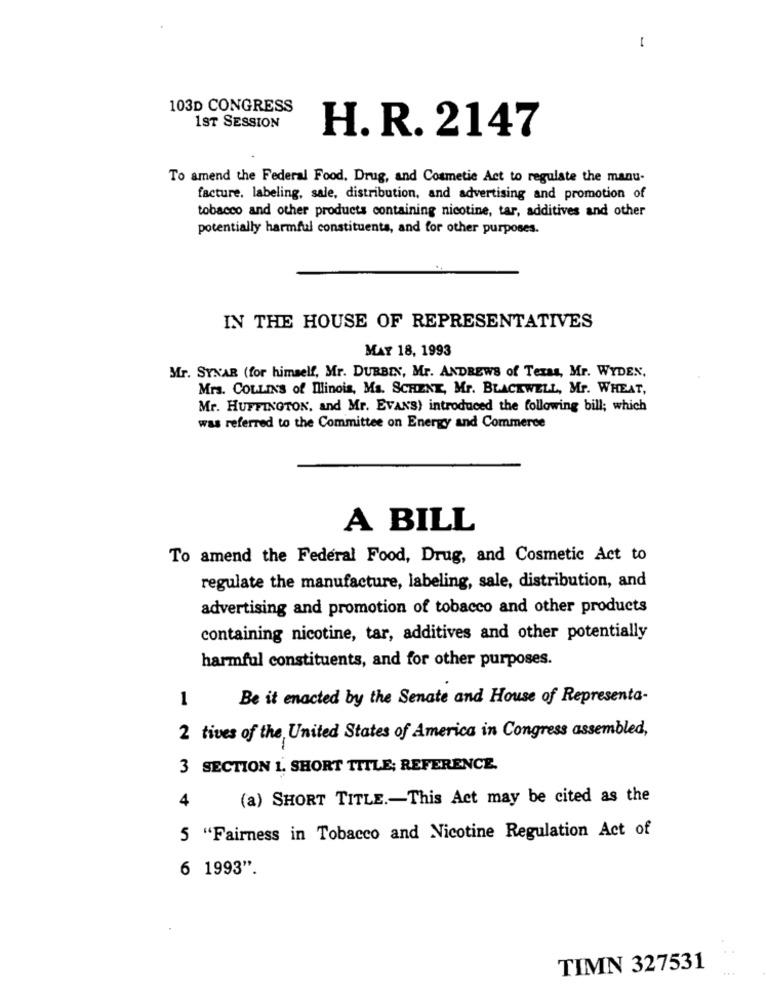
-
103D CONGRESS
1ST SESSION
H. R. 2147
To amend the Federal Food. Drug, and Cosmetic Act to regulate the manu-
facture. labeling, sale, distribution, and advertising and promotion of
tobacco and other products containing nicotine, tar, additives and other
potentially harmful constituents, and for other purposes.
IN THE HOUSE OF REPRESENTATIVES
MAY 18, 1993
Mr. SYNAR (for himself, Mr. DURBIN, Mr. ANDREWS of Texas, Mr. WYDEN,
Mrs. COLLIN'S of Illinois, Ma. SCHENK, Mr. BLACKWELL, Mr. WHEAT,
Mr. HUFFINGTON, and Mr. EVANS) introduced the following bill; which
was referred to the Committee on Energy and Commerce
A BILL
To amend the Federal Food, Drug, and Cosmetic Act to
regulate the manufacture, labeling, sale, distribution, and
advertising and promotion of tobacco and other products
containing nicotine, tar, additives and other potentially
harmful constituents, and for other purposes.
1
Be it enacted by the Senate and House of Representa-
2 tives of the United States of America in Congress assembled,
3 SECTION 1. SHORT TITLE; REFERENCE.
(a) SHORT TITLE .- This Act may be cited as the
4
5 "Fairness in Tobacco and Nicotine Regulation Act of
6 1993".
..
TIMN 327531
...